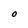
Character: O